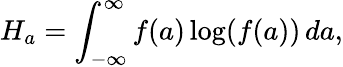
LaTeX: H_{a}=\int_{-\infty}^{\infty}f(a)\log(f(a))\, da,